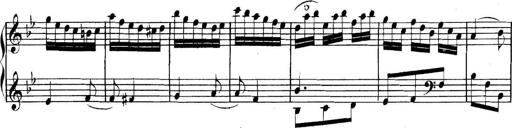
Title: Collected Piano Sonatas
Composer: Muzio Clementi